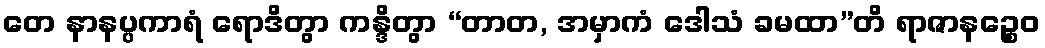
တေ နာနပ္ပကာရံ ရောဒိတွာ ကန္ဒိတွာ “တာတ, အမှာကံ ဒေါသံ ခမထာ”တိ ရာဇာနဉ္စေဝ